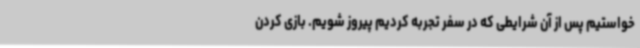
خواستیم پس از آن شرایطی که در سفر تجربه کردیم پیروز شویم. بازی کردن